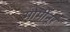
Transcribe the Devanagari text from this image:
मोमीनूर